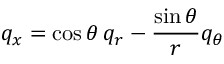
q _ { x } = \cos \theta \, q _ { r } - \frac { \sin \theta } { r } q _ { \theta }